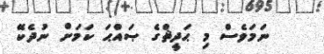
ނަމަވެސް މި ޙަދީޘްގެ ޞައްޙަ ކަމަށް ނުދެކޭ